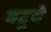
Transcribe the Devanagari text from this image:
बटूचे